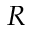
R